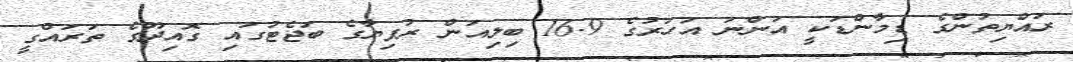
ރައްޔިތުންގެ ޑިމާންޑަކީ އަންނަ އަހަރުގެ 16.9 ބިލިއަން ރުފިޔާގެ ބަޖެޓުގައި ގޮއިދޫގެ ތަރައްގީ